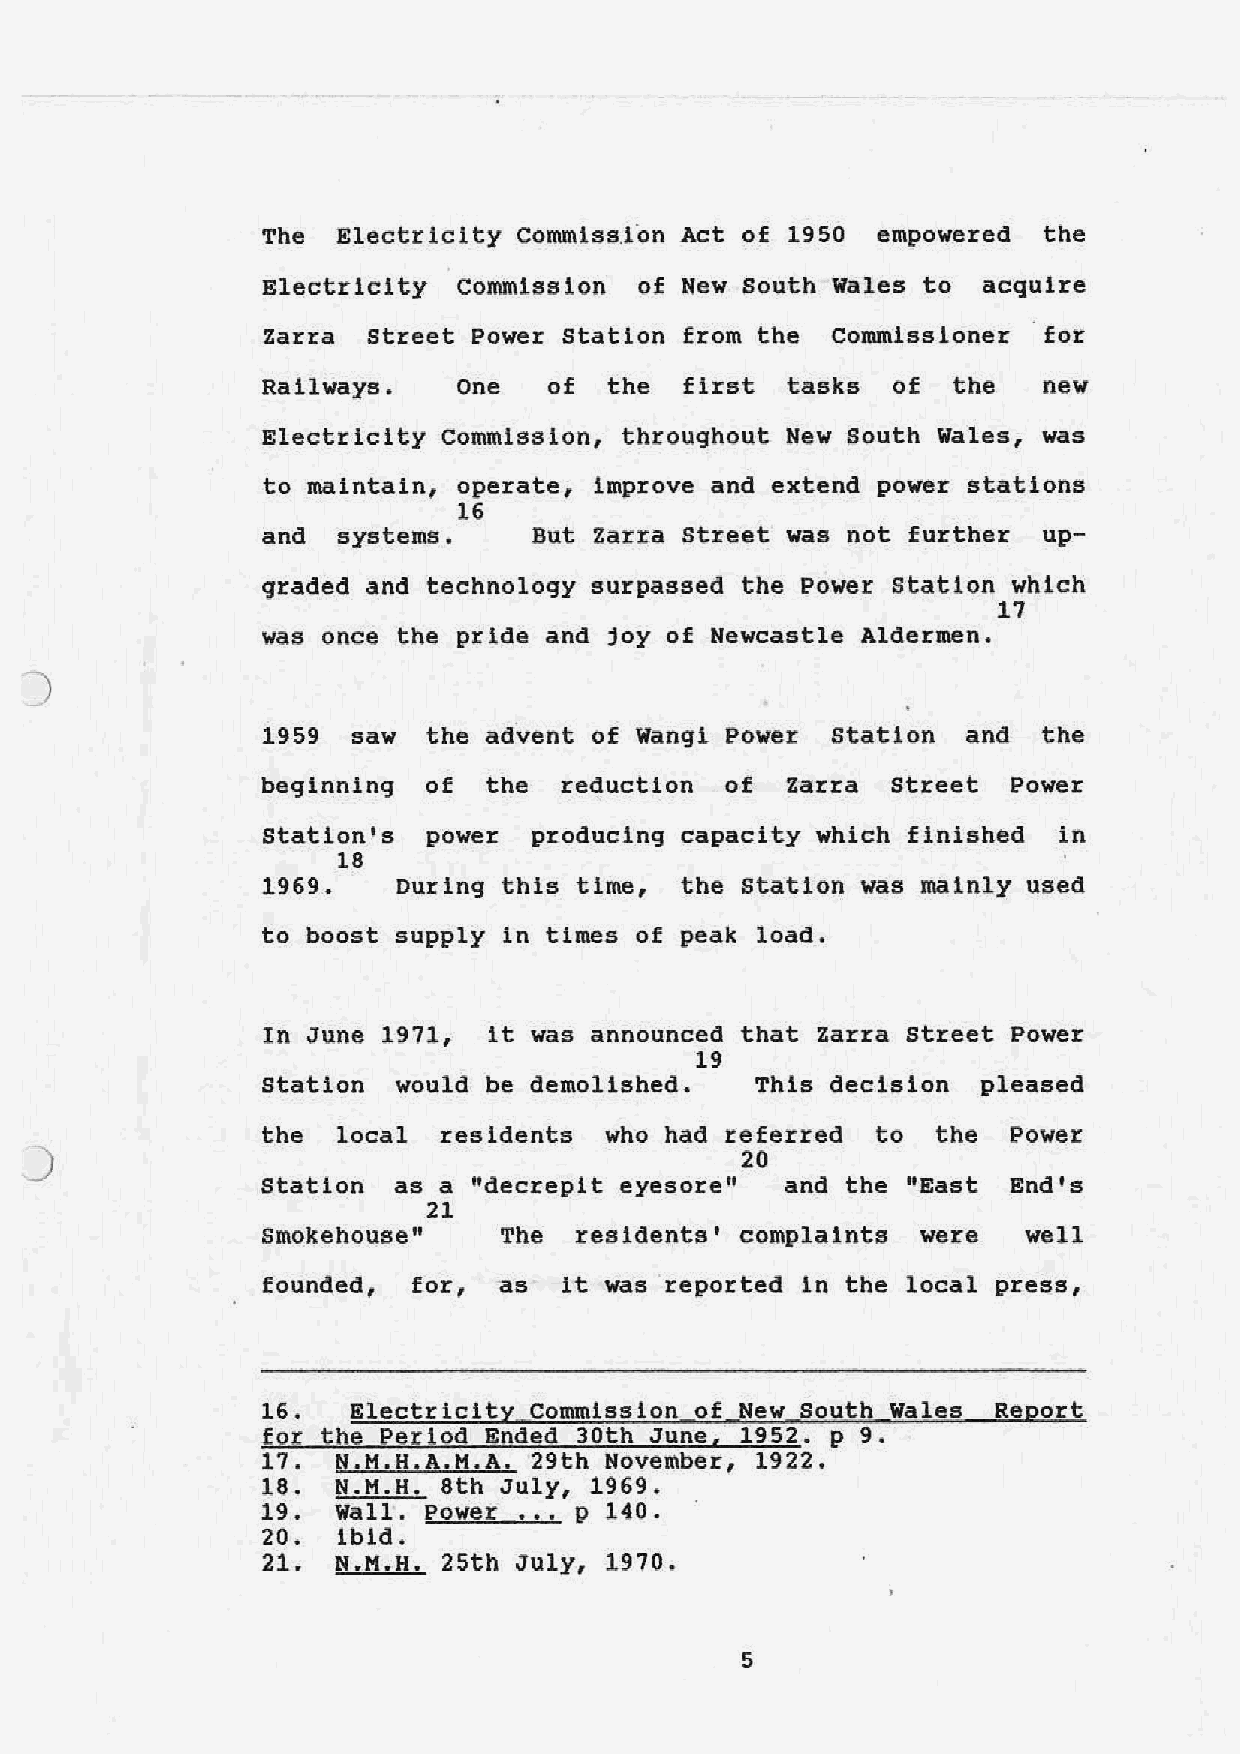
The  Electr lei ty Commlss.fon Act of 19 50 empowered the
 Electricity  Commission  of New south Wales to  acquire
 Zarra  street Power Station from the  Commissioner  for
 Railways.    One   of  the  first  tasks  of  the   new
 Electricity commission, throughout New South Wales, was
 to maintain, operate, improve and extend power stations
 16
 and  systems.     But Zarra street was not further  up-
 9raded and technology surpassed the Power Station which
 17
 was once the pride and joy of Newcastle Aldermen.
 1959  saw  the advent of Wangi Power  Station  and  the
 beginning  of  the  reduction  of  Zarra  Street  Power
 Station's  power  producing capacity which finished  in
 18
 1969.    During this time,  the station was mainly used
 to boost supply in times of peak load.
 In June 1971,  it was announced that zarra street Power
 19
 Station  would be demolished.    This decision  pleased
 the  local  residents  who had referred  to  the  Power
 20
 Station  as a "decrepit eyesore''  and the "East  End's
 21
 smokehouse"     The  residents' complaints  were   well
 founded,  for,  as  it was reported in the local press,
 16.   Electricity Commission of New South Wales  Report
 .for _the_~er lod Ended 30.th June, 19 52. p 9.
 17.  N.M.H.A.M.A. 29th November, 1922.
 1e.  N.M.H. 8th July, 1969.
 19.  Wall. Power ••. p 140.
 20.  ibid.
 21.  N.M.H. 25th July, 1970.
 5